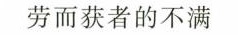
劳而获者的不满